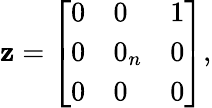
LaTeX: \mathbf{z}={\left[\begin{array}{lll}{0}&{0}&{1}\\ {0}&{0_{n}}&{0}\\ {0}&{0}&{0}\end{array}\right]},